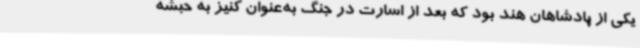
یکی از پادشاهان هند بود که بعد از اسارت در جنگ به‌عنوان کنیز به حبشه